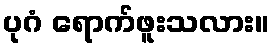
ပုဂံ ရောက်ဖူးသလား။